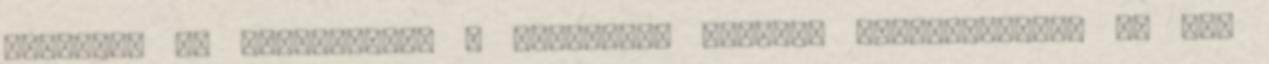
módosult Eü indikációk, a pontokhoz rendelt jogosultságok és BNO